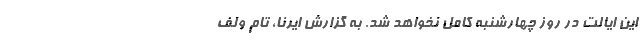
این ایالت در روز چهارشنبه کامل نخواهد شد. به گزارش ایرنا، تام ولف